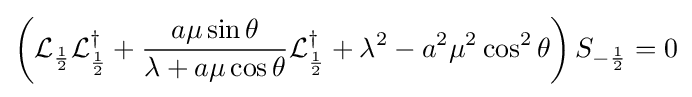
\left({\mathcal {L}}_{\frac {1}{2}}{\mathcal {L}}_{\frac {1}{2}}^{\dagger }+{\frac {a\mu \sin \theta }{\lambda +a\mu \cos \theta }}{\mathcal {L}}_{\frac {1}{2}}^{\dagger }+\lambda ^{2}-a^{2}\mu ^{2}\cos ^{2}\theta \right)S_{-{\frac {1}{2}}}=0